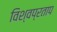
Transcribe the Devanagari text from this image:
विश्वप्रताप